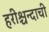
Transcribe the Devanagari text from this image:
हरीश्चन्दाची